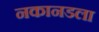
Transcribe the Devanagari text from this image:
नकानडला